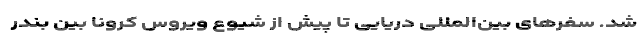
شد. سفرهای بین‌المللی دریایی تا پیش از شیوع ویروس کرونا بین بندر